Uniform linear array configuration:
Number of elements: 12
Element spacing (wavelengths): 1
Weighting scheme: binomial
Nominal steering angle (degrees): -15
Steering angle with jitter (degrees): -14.134
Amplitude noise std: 0.05
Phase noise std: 0.05

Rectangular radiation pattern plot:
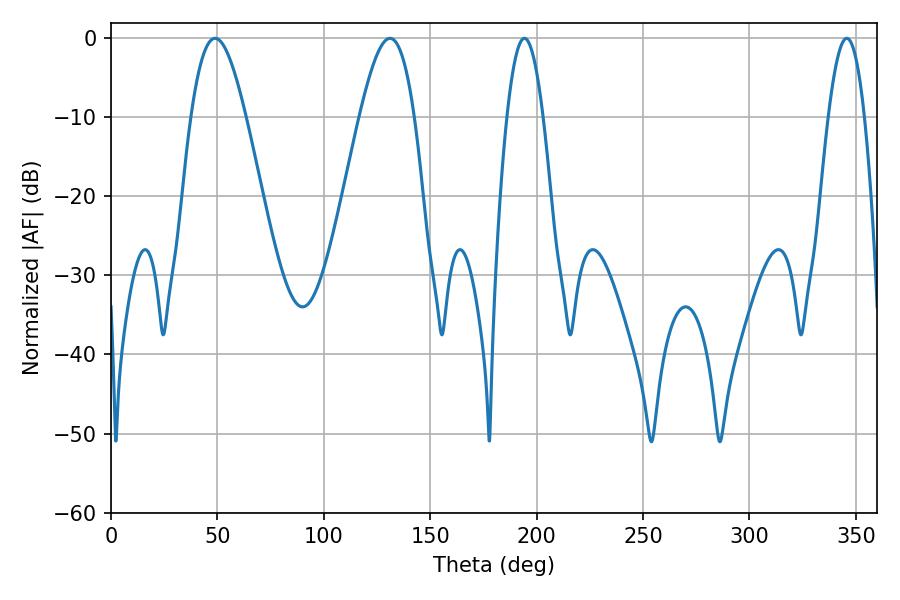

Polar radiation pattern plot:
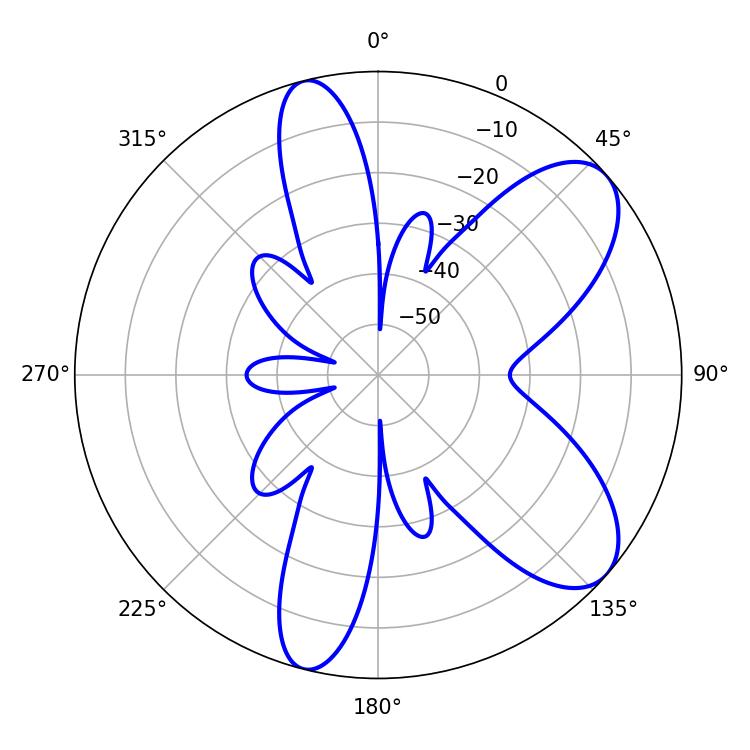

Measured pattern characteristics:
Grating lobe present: TRUE
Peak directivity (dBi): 8.038
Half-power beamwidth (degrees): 13.86
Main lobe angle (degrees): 48.96